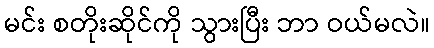
မင်း စတိုးဆိုင်ကို သွားပြီး ဘာ ဝယ်မလဲ။